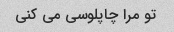
تو مرا چاپلوسی می کنی